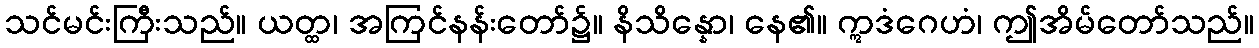
သင်မင်းကြီးသည်။ ယတ္ထ၊ အကြင်နန်းတော်၌။ နိသိန္နော၊ နေ၏။ ဣဒံဂေဟံ၊ ဤအိမ်တော်သည်။